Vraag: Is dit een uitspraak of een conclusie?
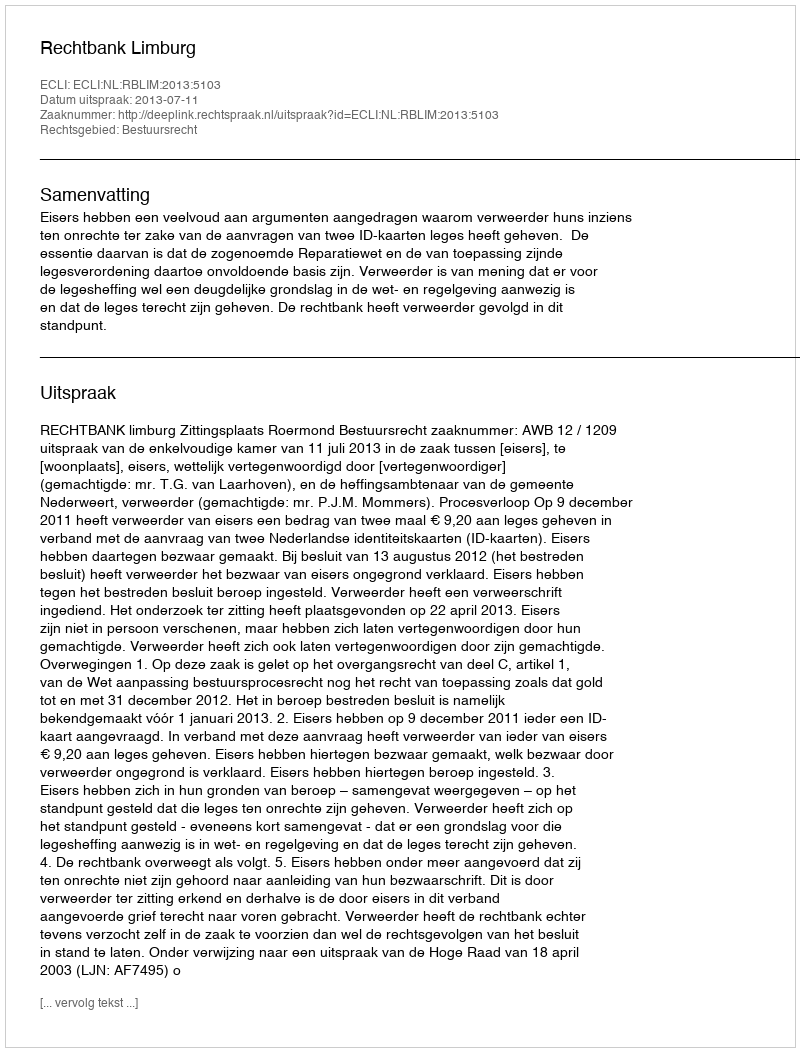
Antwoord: Uitspraak